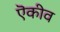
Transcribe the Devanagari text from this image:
ऎकीव